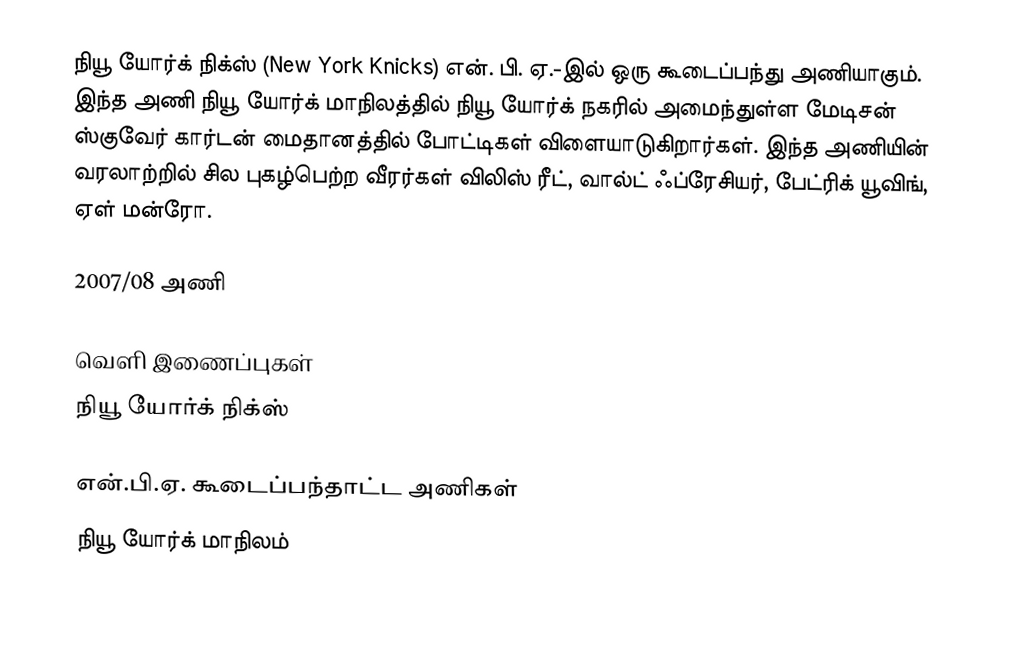
நியூ யோர்க் நிக்ஸ் (New York Knicks) என். பி. ஏ.-இல் ஒரு கூடைப்பந்து அணியாகும். இந்த அணி நியூ யோர்க் மாநிலத்தில் நியூ யோர்க் நகரில் அமைந்துள்ள  மேடிசன் ஸ்குவேர் கார்டன் மைதானத்தில் போட்டிகள் விளையாடுகிறார்கள். இந்த அணியின் வரலாற்றில் சில புகழ்பெற்ற வீரர்கள் விலிஸ் ரீட், வால்ட் ஃப்ரேசியர், பேட்ரிக் யூவிங், ஏள் மன்ரோ.

2007/08 அணி

வெளி இணைப்புகள்
 நியூ யோர்க் நிக்ஸ்

என்.பி.ஏ. கூடைப்பந்தாட்ட அணிகள்
நியூ யோர்க் மாநிலம்